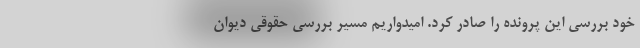
خود بررسی این پرونده را صادر کرد. امیدواریم مسیر بررسی حقوقی دیوان